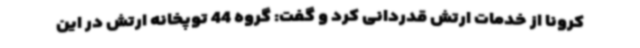
کرونا از خدمات ارتش قدردانی کرد و گفت: گروه 44 توپخانه ارتش در این